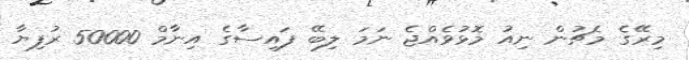
މިރޭގެ މެޗުން ނިއު މޮޅުވެއްޖެ ނަމަ ލިބޭ ފައިސާގެ އިނާމް 50000 ރުފިޔާ